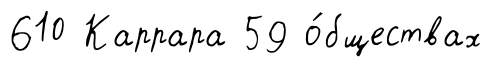
610 Каррара 59 о́бществах